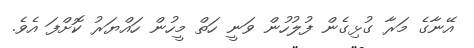
އޭނާގެ މަރާ ގުޅިގެން ފުލުހުން ވަނީ ހަތް މީހުން ހައްޔަރު ކޮށްފަ އެވެ.